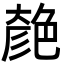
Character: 𦫞